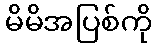
မိမိအပြစ်ကို